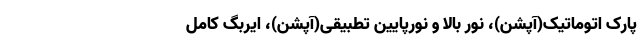
پارک اتوماتیک(آپشن)، نور بالا و نورپایین تطبیقی(آپشن)، ایربگ کامل